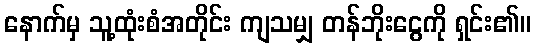
နောက်မှ သူ့ထုံးစံအတိုင်း ကျသမျှ တန်ဘိုးငွေကို ရှင်း၏။